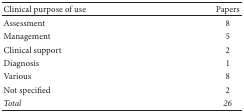
| Clinical purpose of use | Papers |
 | --- | --- |
 | Assessment | 8 |
 | Management | 5 |
 | Clinical support | 2 |
 | Diagnosis | 1 |
 | Various | 8 |
 | Not specified | 2 |
 | Total | 26 |